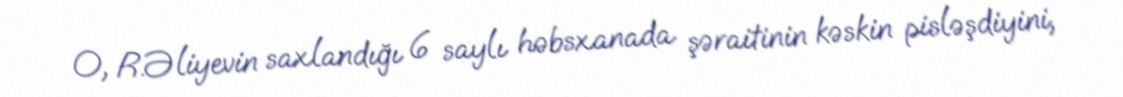
O, R.Əliyevin saxlandığı 6 saylı həbsxanada şəraitinin kəskin pisləşdiyini,